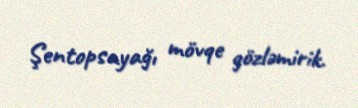
Şentopsayağı mövqe gözləmirik.